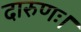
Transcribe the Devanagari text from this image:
दारुणः।